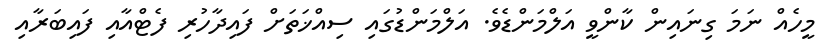
މީހެއް ނަމަ ގިނައިން ކާންވީ އަލްމަންޑެވެ. އަލްމަންޑުގައި ސިއްޚަތަށް ފައިދާހުރި ފެޓްއާއި ފައިބަރާއި